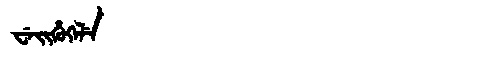
Manchu: ᠸᡝᡳᡥᡠᡴᡝᠯᡝ
Romanization: WEIHUKELE